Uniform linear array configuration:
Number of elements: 24
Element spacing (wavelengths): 0.75
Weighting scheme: blackman
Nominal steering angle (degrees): -30
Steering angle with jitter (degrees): -31.809
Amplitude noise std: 0.05
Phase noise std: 0.05

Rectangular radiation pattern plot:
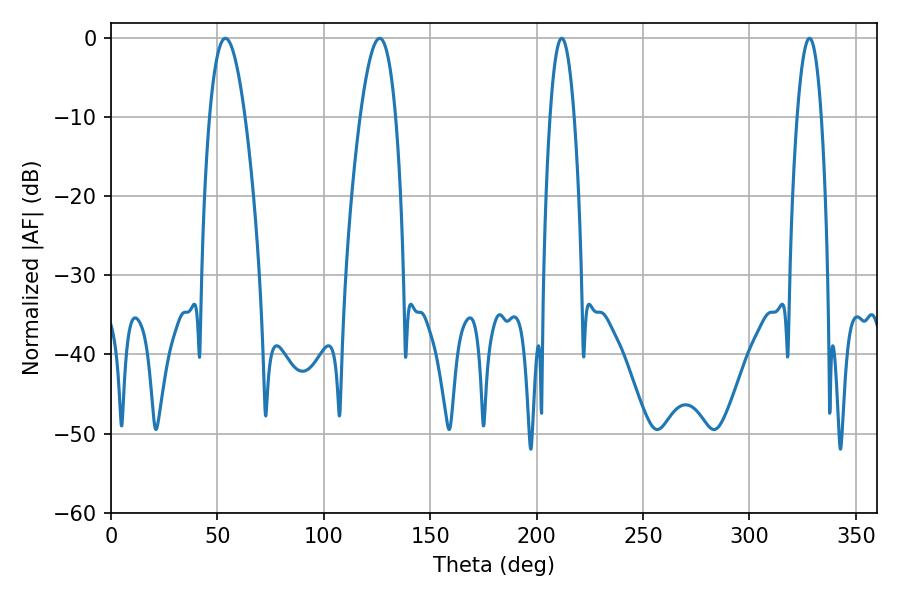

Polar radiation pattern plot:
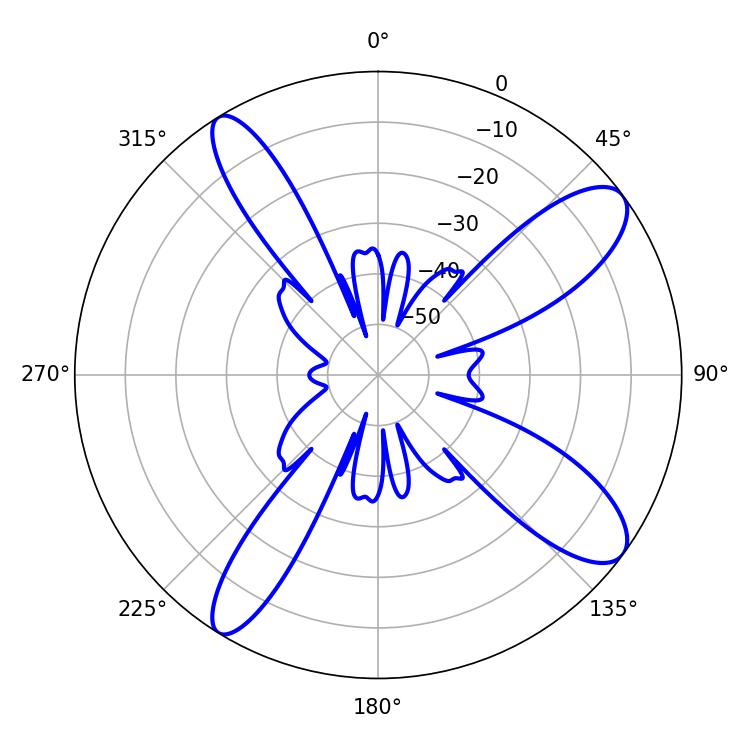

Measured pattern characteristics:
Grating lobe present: TRUE
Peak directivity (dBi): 11.142
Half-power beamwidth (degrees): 9
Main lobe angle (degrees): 53.82